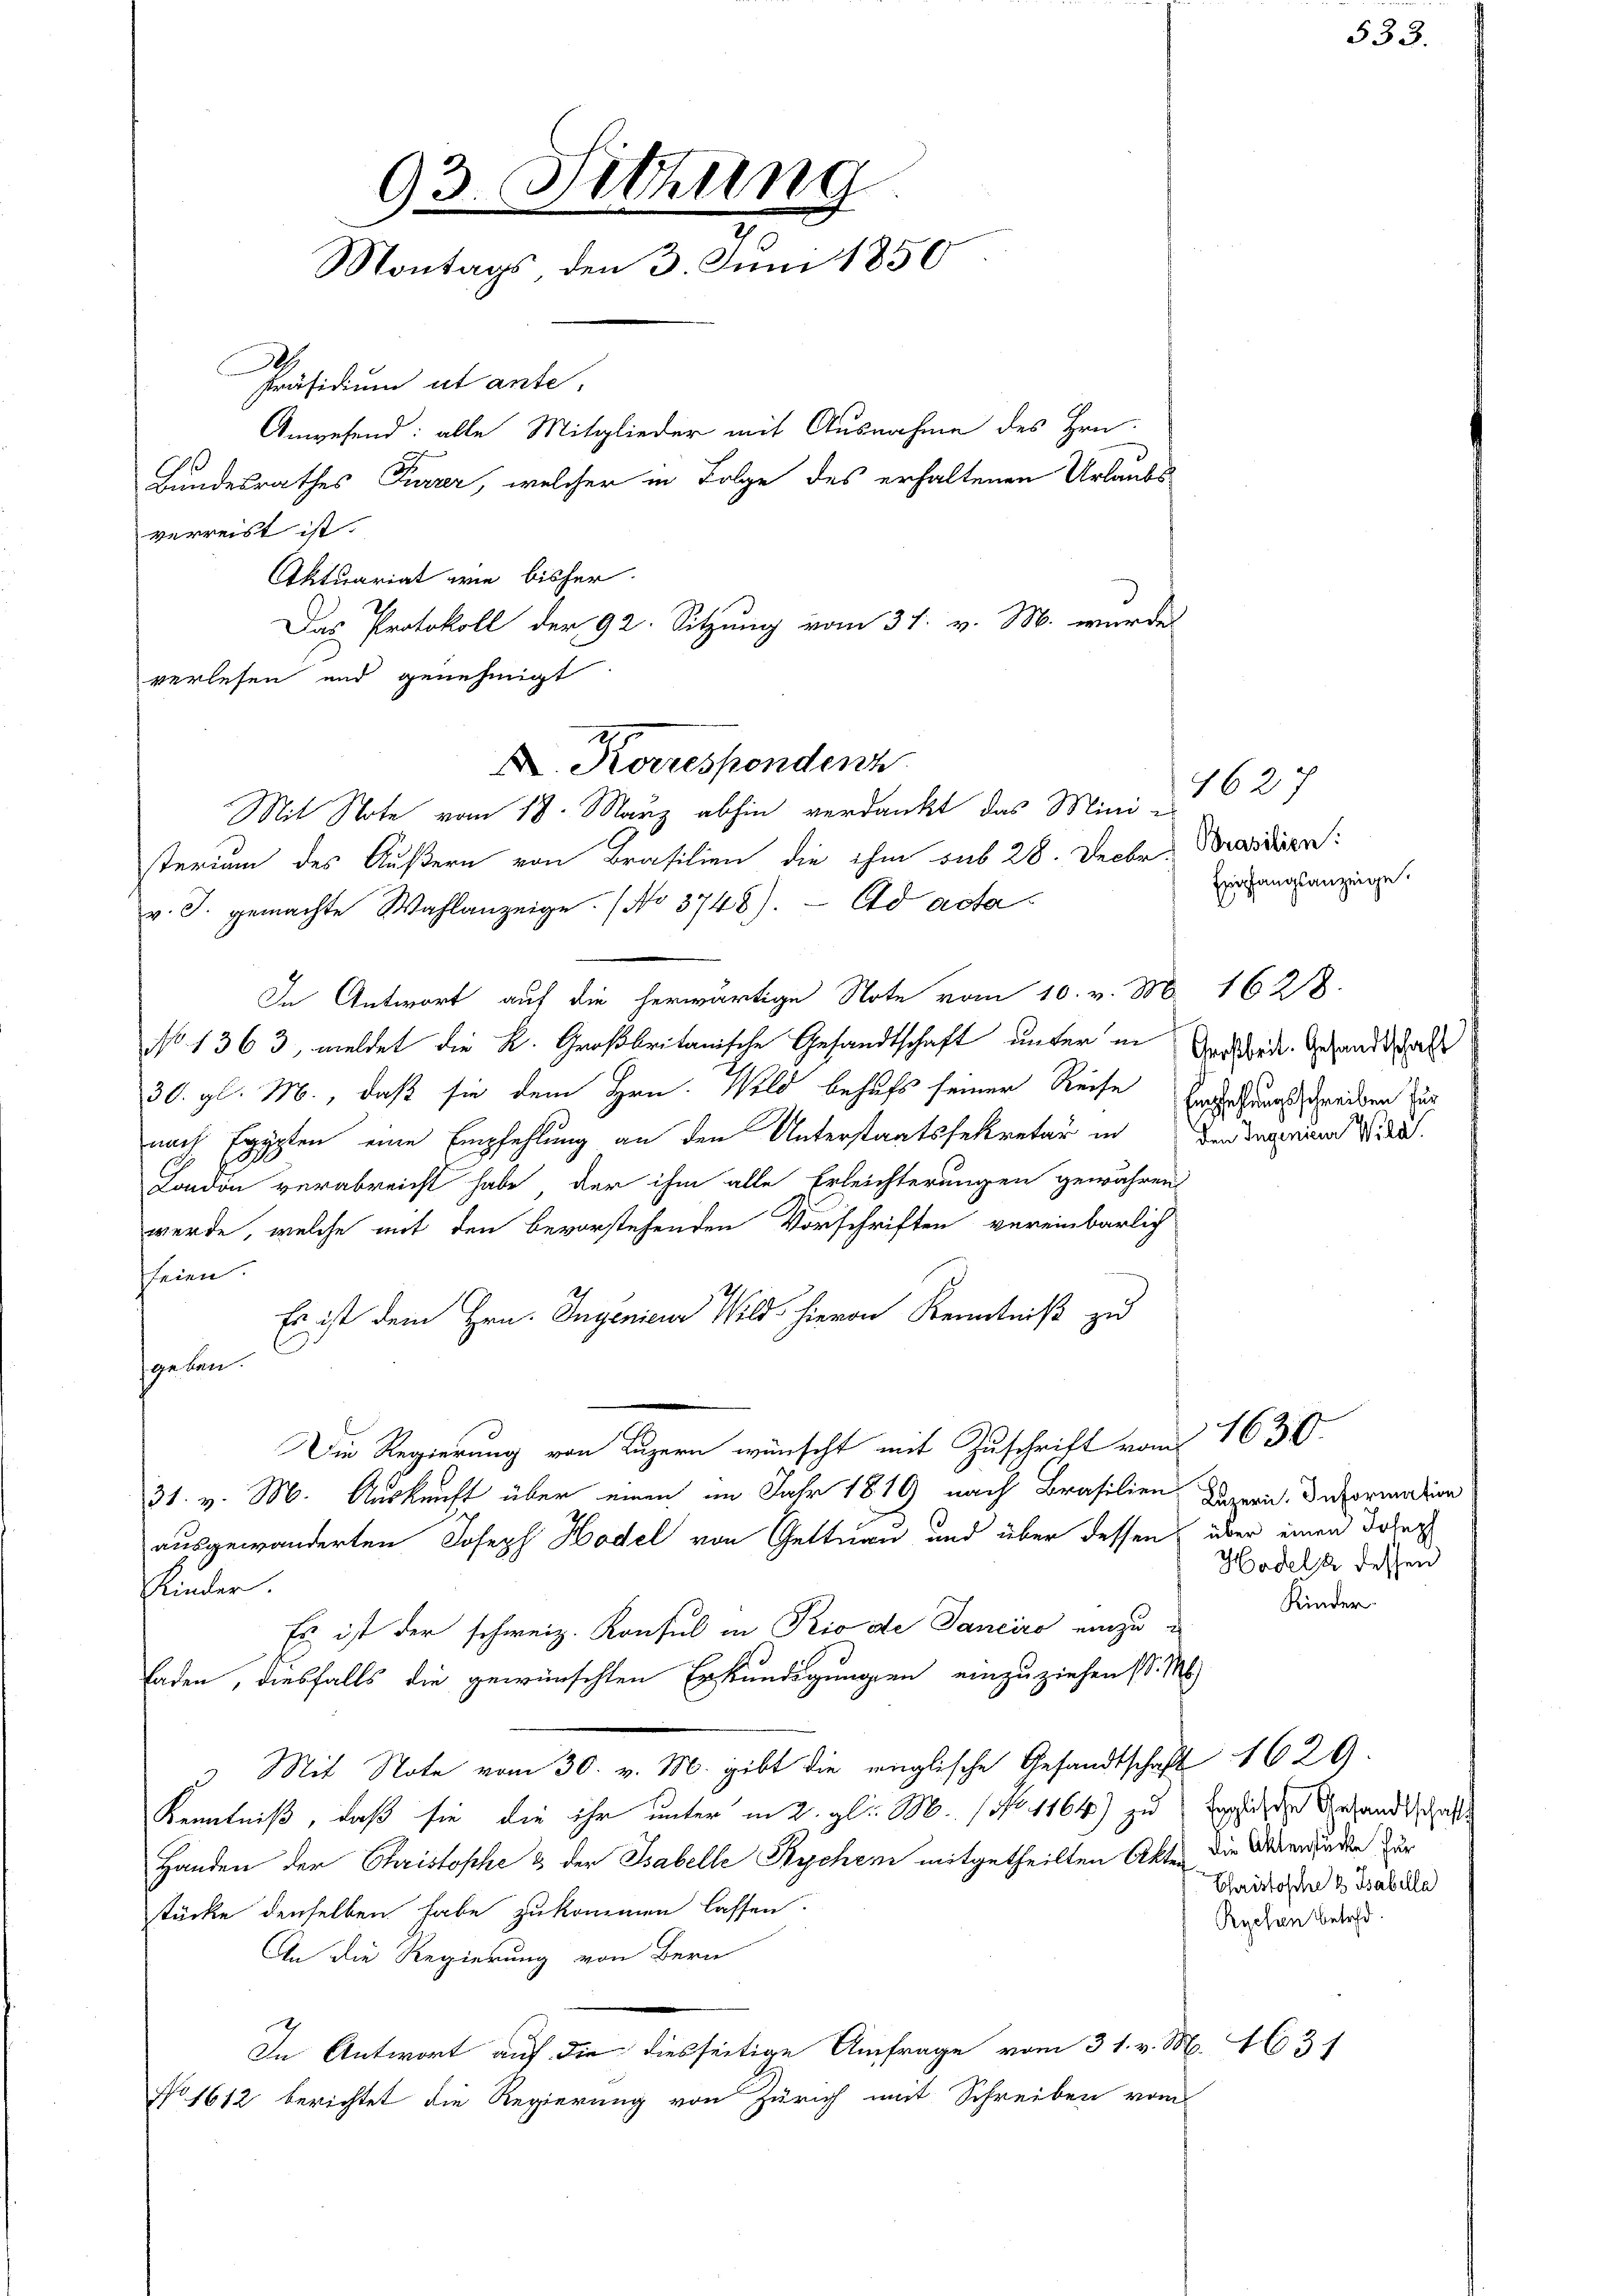
93. Fitzung
Montags den 3. Juni 1850
Präsidium ut ante.
Anwesend: alle Mitglieder mit Ausnahme des Hrn.
Bundesrathes Furrer, welcher in Folge des erhaltenen Urlaubs
verreist ist.
Aktuariat wie bisher
Das Protokoll der 92. Sitzung vom 31. v. M. wurde
verlesen und genehmigt

X. Korrespondenz
Mit Note vom 18. März abhin verdankt das Mini 1627

sterium des Äußern von Brasilien die ihm sub 28. Decbr. Brasdiren:
v. J. gemachte Wahlanzeige. (No 3748). Eid acta
In Antwort auf die herwärtige Note vom 10. v. M. 1628.
No 1363, meldet die K. Großbritanische Gesandtschaft unter in
30. gl. M., daß sie dem Hrn. Wild behufs seiner Reise Verthungsschreiben zur
nach Egypten eine Empfehlung an den Unterstaatssekretär in Bedingerina Wild.
London verabreicht habe, der ihm alle Erleichterungen gewähren
werde, welche mit den bevorstehenden Vorschriften vereinbarlich
seien.
Es ist dem Hrn. Ingenieur Wild hievon Kenntniß zu
geben.
Die Regierung von Luzern wünscht mit Zuschrift vom
31. v. M. Auskunft über einen im Jahr 1819 nach Brasilien Darin Deformation
ausgewanderten Joseph Hodel von Gettnau und über dessen über einen Dolen
Kinder.
Es ist der schweiz. Konsul in Rio de Sanciro einzuladen, diesfalls die gewünschten Erkundigungen einzuziehen st. Ms.
Mit Note vom 30. v. M. gibt die englische Gesandtschaft 1629.
Kenntniß, daß sie die ihr unter in 2. gl. M. ( No 1164) zu
Handen der Christophe & der Tabelle Rychen mitgetheilten Akten die Verdancke zur
stücke denselben habe zukommen lassen.
An die Regierung von Bern
In Antwort auf die diesseitige Anfrage vom 31. v. M. 1631
No 1612 berichtet die Regierung von Zürich mit Schreiben vom

Empfangsanzeige.

Großbrit. Gesandtschaft

Hodels dessen
Kinder.

1630.

foglische Gesandtschaft
Christische 2 Tabella
Rychen betreff.

533.